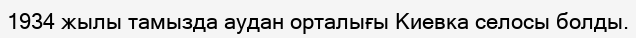
1934 жылы тамызда аудан орталығы Киевка селосы болды.